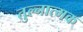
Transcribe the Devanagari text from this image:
तुल्नात्मक